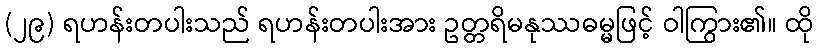
(၂၉) ရဟန်းတပါးသည် ရဟန်းတပါးအား ဥတ္တရိမနုဿဓမ္မဖြင့် ဝါကြွား၏။ ထို